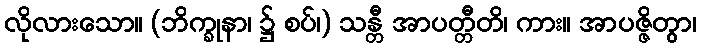
လိုလားသော။ (ဘိက္ခုနာ၊ ၌ စပ်၊) သန္တီ အာပတ္တီတိ၊ ကား။ အာပဇ္ဇိတွာ၊